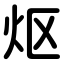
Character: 𬉼